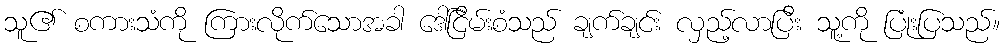
သူ၏ စကားသံကို ကြားလိုက်သောအခါ ဒေါ်ငြိမ်းစံသည် ချက်ချင်း လှည့်လာပြီး သူ့ကို ပြုံးပြသည်။